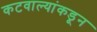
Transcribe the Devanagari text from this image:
कटवाल्यांकडून